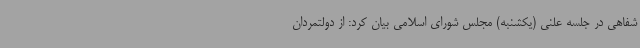
شفاهی در جلسه علنی (یکشنبه) مجلس شورای اسلامی بیان کرد: از دولتمردان